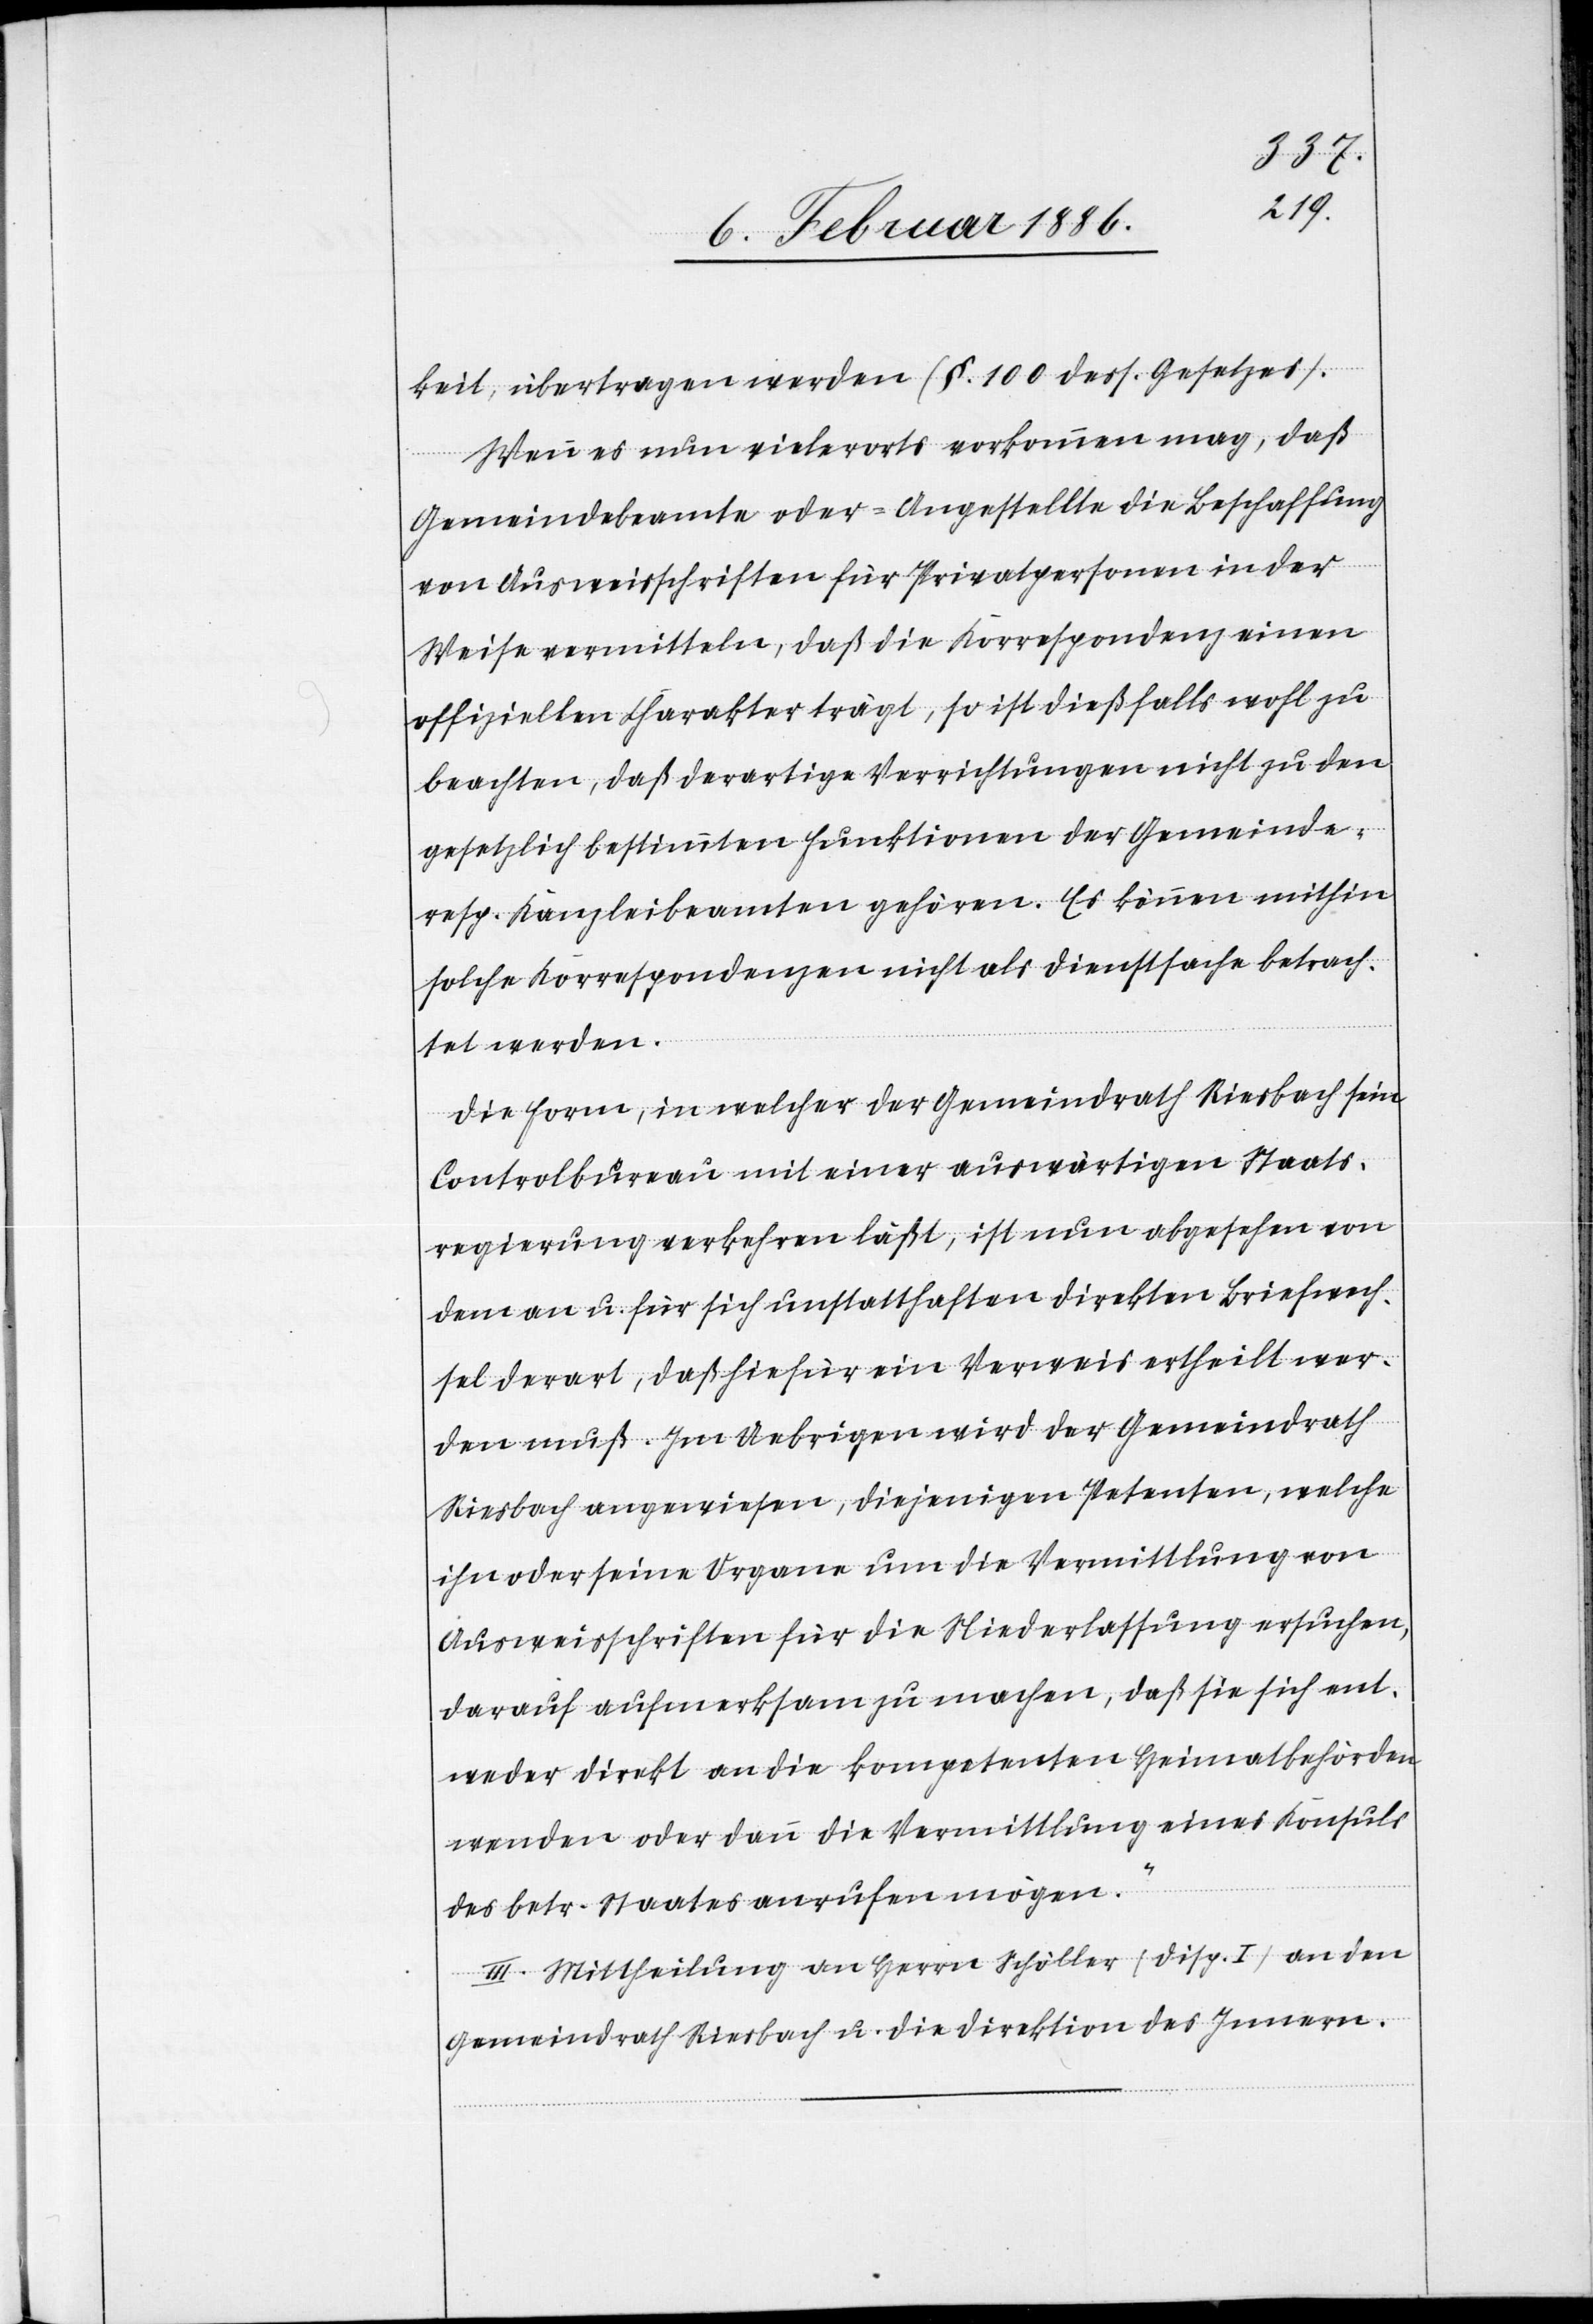
keit, übertragen werden (§. 100 dess. Gesetzes).
Wenn es nun vielerorts vorkommen mag, daß
Gemeindebeamte oder -angestellte die Beschaffung
von Ausweisschriften für Privatpersonen in der
Weise vermitteln, daß die Korrespondenz einen
offiziellen Charakter trägt, so ist, dießfalls wohl zu
beachten, daß derartige Verrichtungen nicht zu den
gesetzlich bestimmten Funktionen der Gemeinde-
resp. Kanzleibeamten gehören. Es können mithin
solche Korrespondenzen nicht als Dienstsache betrach¬
tet werden.
Die Form, in welcher der Gemeindrath Riesbach sein
Controlbureau mit einer auswärtigen Staats¬
regierung verkehren läßt, ist nun abgesehen von
dem an u. für sich unstatthaften direkten Briefwech¬
sel derart, daß hierfür ein Verweis ertheilt wer¬
den muß. Im Uebrigen wird der Gemeindrath
Riesbach angewiesen, diejenigen Petenten, welche
ihn oder seine Organe um die Vermittlung von
Ausweisschriften für die Niederlassung ersuchen,
darauf aufmerksam zu machen, daß sie sich ent¬
weder direkt an die kompetenten Heimatbehörden
wenden oder dann die Vermittlung eines Konsuls
des betr. Staates anrufen mögen.“
III. Mittheilung an Herrn Schöller (Disp. I) an den
Gemeindrath Riesbach u. die Direktion des Innern.